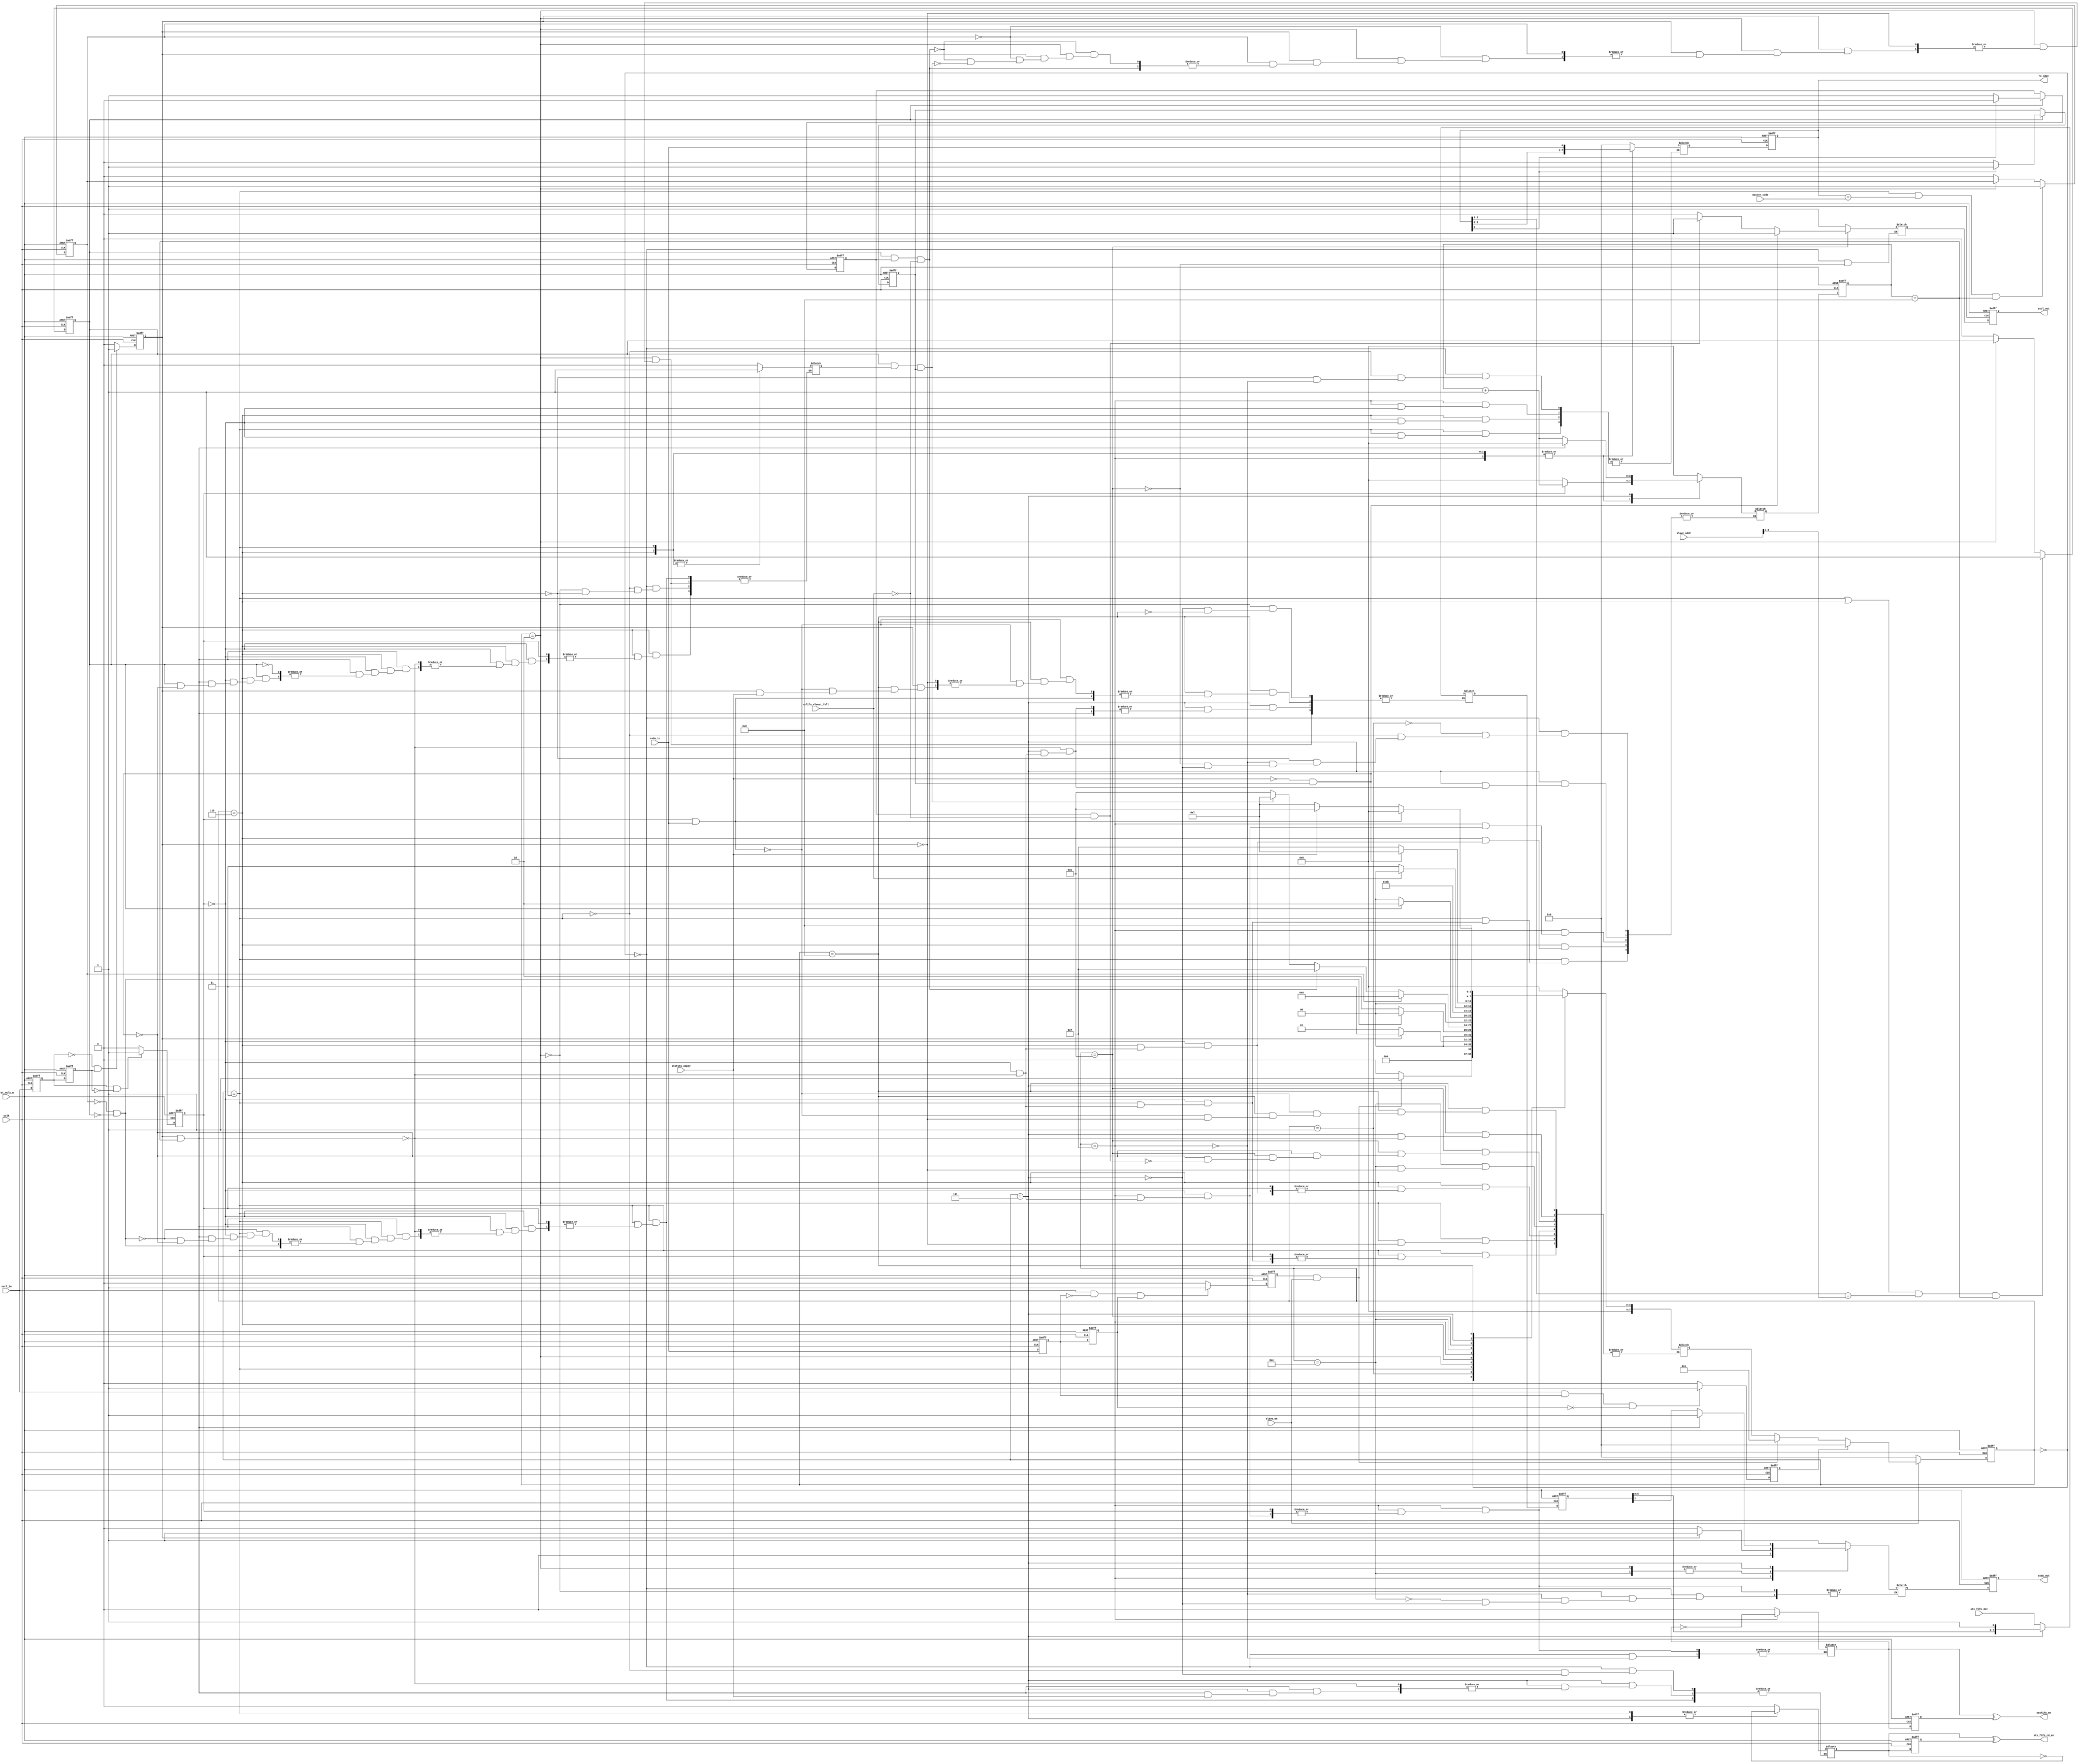
module i2c_slave(
    input        sscl_in   ,
    input        ssda_in   ,
    input        wclk      ,
    input        rst_wclk_n,
    input        slave_en  ,
    input        stxfifo_empty,
    //input        srxfifo_full ,
    input [7:0]  stx_fifo_dat ,
    input        rxfifo_almost_full,
    input [7:0]  master_code,
    input [7:0]  slave_addr ,

    output reg   sscl_out  ,
    output reg   ssda_out  ,
    output [7:0] rx_sdat    ,
    output       srxfifo_en,
    output       stx_fifo_rd_en

);
localparam s_idle           = 8'b0000_0000;
localparam s_start          = 8'b0000_0001;
localparam s_receive_code   = 8'b0000_0011;
localparam s_send_code_ack  = 8'b0000_0010;
localparam s_hs_rx_add      = 8'b0000_0110;
localparam s_send_dat       = 8'b0000_0111;
localparam s_receive_dat    = 8'b0000_1111;
localparam s_rx_dat_ack     = 8'b0000_1110;
localparam s_wait           = 8'b0000_1100;
localparam s_send_dat_ack   = 8'b0000_1000;
reg        rise_edge   ;     
reg        fall_edge   ;
reg        detect_start;
reg        detect_stop ;
reg        ssda_in_d1  ;
reg        ssda_in_d2  ;
reg        sscl_in_d1  ;
reg        sscl_in_d2  ;
reg [7:0]  current_state;
reg [7:0]  next_state  ;
reg [7:0]  next_rx_sdat;
reg [7:0]  rx_sdat     ;
reg [3:0]  bit_cnt     ;
reg [3:0]  next_bit_cnt;
reg        master_code_match;
reg        next_ssda_out;
reg        next_sscl_out;
reg        srx_fifo_wr  ;
reg        stx_fifo_rd  ;
reg        slave_addr_match;
reg        slave_wr        ;
reg        slave_rd        ;
reg [7:0]  next_sshift_dat ;
reg [7:0]  sshift_dat      ;
wire       bit_end         ;
reg        stxfifo_ept_continue;
reg        srxfifo_en_d;
reg        stx_fifo_rd1;
//data flip
always @(posedge wclk or negedge rst_wclk_n)
begin
    if(!rst_wclk_n)
    begin
        sscl_in_d1 <= 1'b0;
        sscl_in_d2 <= 1'b0;
        ssda_in_d1 <= 1'b0;
        ssda_in_d2 <= 1'b0;
        srxfifo_en_d  <= 1'b0;
        sscl_out      <= 1'b1;
    //    ssda_out      <= 1'b1;
        rx_sdat       <= 8'd0;
        stx_fifo_rd1  <= 1'b0;  
    //    sshift_dat    <= 8'hFF; 
    end
    else
    begin
        sscl_in_d1 <= sscl_in   ;
        sscl_in_d2 <= sscl_in_d1;
        ssda_in_d1 <= ssda_in   ;
        ssda_in_d2 <= ssda_in_d1;
        srxfifo_en_d <= srx_fifo_wr;
        sscl_out     <= next_sscl_out;
     //   ssda_out     <= next_ssda_out;
        rx_sdat      <= next_rx_sdat;
        stx_fifo_rd1 <= stx_fifo_rd;
     //   sshift_dat   <= next_sshift_dat;
    end
end
assign srxfifo_en = srx_fifo_wr ^ srxfifo_en_d;
assign stx_fifo_rd_en = stx_fifo_rd ^ stx_fifo_rd1;
//detect start
always @(posedge wclk or negedge rst_wclk_n)
begin
    if(!rst_wclk_n)
        detect_start<= 1'b0;
    else if(sscl_in == 1'b1 && ssda_in_d1 == 1'b0 && ssda_in_d2 == 1'b1)
        detect_start<= 1'b1;
    else
        detect_start<= 1'b0;
end
// detect stop
always @(posedge wclk or negedge rst_wclk_n)
begin
    if(!rst_wclk_n)
        detect_stop <= 1'b0;
    else if(sscl_in == 1'b1 && ssda_in_d1 == 1'b1 && ssda_in_d2 == 1'b0)
        detect_stop<= 1'b1;
    else
        detect_stop<= 1'b0;
end
//detect scl rise edge
always @(posedge wclk or negedge rst_wclk_n)
begin
    if(!rst_wclk_n)
        rise_edge <= 1'b0;
    else if(sscl_in_d1 == 1'b1 && sscl_in_d2 == 1'b0)
        rise_edge <= 1'b1;
    else
        rise_edge <= 1'b0;
end
//detect scl fall edge
always @(posedge wclk or negedge rst_wclk_n)
begin
    if(!rst_wclk_n)
        fall_edge <= 1'b0;
    else if(sscl_in_d1 == 1'b0 && sscl_in_d2 == 1'b1)
        fall_edge <= 1'b1;
    else
        fall_edge <= 1'b0;
end
always @(posedge wclk or negedge rst_wclk_n)
begin
    if(!rst_wclk_n)
        current_state <= s_idle;
    else if(slave_en)
    begin
        if(detect_stop)
            current_state <= s_idle;
        else if(detect_start && slave_en == 1'b1)
            current_state <= s_start;
        else
            current_state <= next_state;
    end
    else
        current_state <= s_idle;
end
always @(posedge wclk or negedge rst_wclk_n)
begin
    if(!rst_wclk_n)
    begin
        bit_cnt <= 4'd0;
        ssda_out <= 1'b1;
        sshift_dat <= 8'hFF;
    end
    else //if(rise_edge)
    begin 
        bit_cnt    <= next_bit_cnt;
        ssda_out   <= next_ssda_out;
        sshift_dat <= next_sshift_dat;
    end
end
always @(*)
begin
    case(current_state)
        s_idle:begin
            next_rx_sdat  = 8'd0;
            next_sscl_out = 1'b1;
            next_ssda_out = 1'b1;
            srx_fifo_wr   = 1'b0;
            stx_fifo_rd   = 1'b0;
            next_bit_cnt  = 4'b0;
            stxfifo_ept_continue = 1'b0;
            if(slave_en == 1'b1 && detect_start == 1'b1)
                next_state = s_start;
            else
                next_state = s_idle;
        end
        s_start:begin
            next_bit_cnt = 3'd0;
            if(fall_edge)
            begin
                next_state = s_receive_code;
            end
            else
            begin
                next_state = s_start;
            end
        end
        s_receive_code:begin
            if(rise_edge)
            begin
                next_rx_sdat = {rx_sdat[6:0],ssda_in};
                next_bit_cnt = bit_cnt + 1'b1;  
            end
            else if(fall_edge && bit_end)
            begin
                next_bit_cnt = 3'd0;
                if(!master_code_match && !slave_addr_match)
                    next_state = s_idle;
                else
                begin
                    next_state = s_send_code_ack;
                    if(!stxfifo_empty && slave_rd)
                    begin
                        stx_fifo_rd          = ~stx_fifo_rd;
                        stxfifo_ept_continue = 1'b1;
                    end
                        
                end
            end
        end
        s_send_code_ack:begin
            if(fall_edge)
            begin
                next_ssda_out = 1'b1;
                if(master_code_match)
                    next_state = s_hs_rx_add;
                else if(slave_addr_match && slave_wr && !rxfifo_almost_full)
                    next_state = s_receive_dat;
                else if(slave_addr_match && stxfifo_ept_continue && slave_rd)
                begin
                    next_state      = s_send_dat;
                    next_sshift_dat = stx_fifo_dat;
                    stxfifo_ept_continue = 1'b0;
                end
                else
                    next_state = s_wait;
            end
            else
                next_ssda_out = 1'b0;
        end
        s_hs_rx_add:begin
            if(rise_edge)
            begin   
                next_rx_sdat = {rx_sdat[6:0],ssda_in};
                next_bit_cnt = bit_cnt + 1'b1;  
            end
            else if(fall_edge && bit_end)
            begin
                next_bit_cnt = 3'd0;
                if(slave_addr_match)
                begin
                    next_state = s_send_code_ack;
                    if(slave_rd && !stxfifo_empty)
                        stxfifo_ept_continue = 1'b1;
                end
                else
                    next_state = s_idle;
            end
        end
        s_receive_dat:begin
            if(rise_edge)
            begin   
                next_rx_sdat = {rx_sdat[6:0],ssda_in};
                next_bit_cnt = bit_cnt + 1'b1;  
            end
            else if(fall_edge && bit_end)
            begin
                next_bit_cnt = 3'd0;
                srx_fifo_wr  = ~srx_fifo_wr;
                next_state   = s_rx_dat_ack;
                next_ssda_out = 1'b0;
            end
        end
        s_rx_dat_ack:begin
            if(fall_edge)
            begin
                next_ssda_out = 1'b1;
                if(rxfifo_almost_full)
                    next_state = s_wait;
                else
                    next_state = s_receive_dat;
            end
            else
                next_ssda_out = 1'b0;
        end
        s_wait:begin
            next_bit_cnt <= 3'd0;
            if(slave_rd && !stxfifo_empty)
            begin
                next_state = s_send_dat;
                next_sscl_out = 1'b1;
            end
            else if(slave_wr && !rxfifo_almost_full)
            begin
                next_state = s_receive_dat;
                next_sscl_out = 1'b1;
            end
            else 
                next_sscl_out = 1'b0;
        end
        s_send_dat:begin
            next_ssda_out   = sshift_dat[7];
            if(bit_end && fall_edge)
            begin
                next_bit_cnt  = 3'd0;
                next_state    = s_send_dat_ack;
                next_ssda_out = 1'b1;
                if(!stxfifo_empty)
                    stx_fifo_rd   = ~stx_fifo_rd;
            end
            else if(rise_edge)
            begin
                next_bit_cnt    = bit_cnt + 1'b1;
                next_sshift_dat = {sshift_dat[6:0],1'b1};
                next_ssda_out   = sshift_dat[7];
            end
        end
        s_send_dat_ack:begin
            if(rise_edge && ssda_in)
            begin
                next_state = s_idle;
            end
            else if(fall_edge)
            begin
                if(stxfifo_empty)
                    next_state = s_wait;
                else
                begin
                    next_state     = s_send_dat;
                    next_sshift_dat = stx_fifo_dat;
                end
            end            
        end
        default:begin
                next_state = s_idle;
        end
    endcase
end
assign bit_end = bit_cnt == 4'd8;
always @(posedge wclk or negedge rst_wclk_n)
begin
    if(!rst_wclk_n)
    begin
        master_code_match <= 1'b0;
    end
    else if((current_state == s_receive_code ) && rx_sdat == master_code && bit_end)
        master_code_match <= 1'b1;
    else if(current_state == s_send_code_ack)
        master_code_match <= master_code_match;
    else
        master_code_match <= 1'b0;
end
always @(posedge wclk or negedge rst_wclk_n)
begin
    if(!rst_wclk_n)
    begin
        slave_addr_match <= 1'b0;
    end
    else if((current_state == s_receive_code || current_state == s_hs_rx_add )&& rx_sdat[6:1] == slave_addr[6:1] && bit_end)
        slave_addr_match <= 1'b1;
    else if(current_state == s_send_code_ack)
        slave_addr_match <= slave_addr_match;
    else
        slave_addr_match <= 1'b0;
end
always @(posedge wclk or negedge rst_wclk_n)
begin
    if(!rst_wclk_n)
    begin
        slave_wr <= 1'b0;
        slave_rd <= 1'b0;
    end
    else if(slave_addr_match)
    begin
        if(rx_sdat[0] == 1'b1)
        begin
            slave_wr <= 1'b0;
            slave_rd <= 1'b1;
        end
        else
        begin
            slave_rd <= 1'b0;
            slave_wr <= 1'b1;
        end
    end
end
endmodule